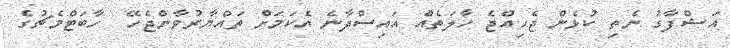
އަޝްފާގު ނެތި ކުޅެން ޖެހިއްޖެ ހާލަތެއް އައިސްދާނެ އެކަމަށް ތައްޔާރުވާންޖެހޭ  ހާބަޓްމެޗުގެ